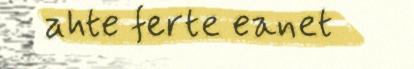
ahte ferte eanet